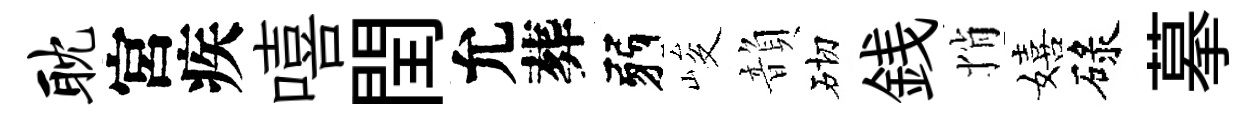
耽宮疾嘻閏允葬弱峻韻砌銭悄嬉碌摹